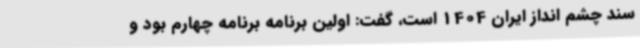
سند چشم انداز ایران 1404 است، گفت: اولین برنامه برنامه چهارم بود و